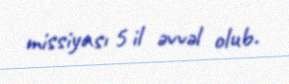
missiyası 5 il əvvəl olub.